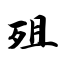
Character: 殂